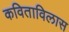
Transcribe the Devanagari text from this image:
कविताविलास